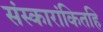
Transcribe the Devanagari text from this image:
संस्कारांकितहि